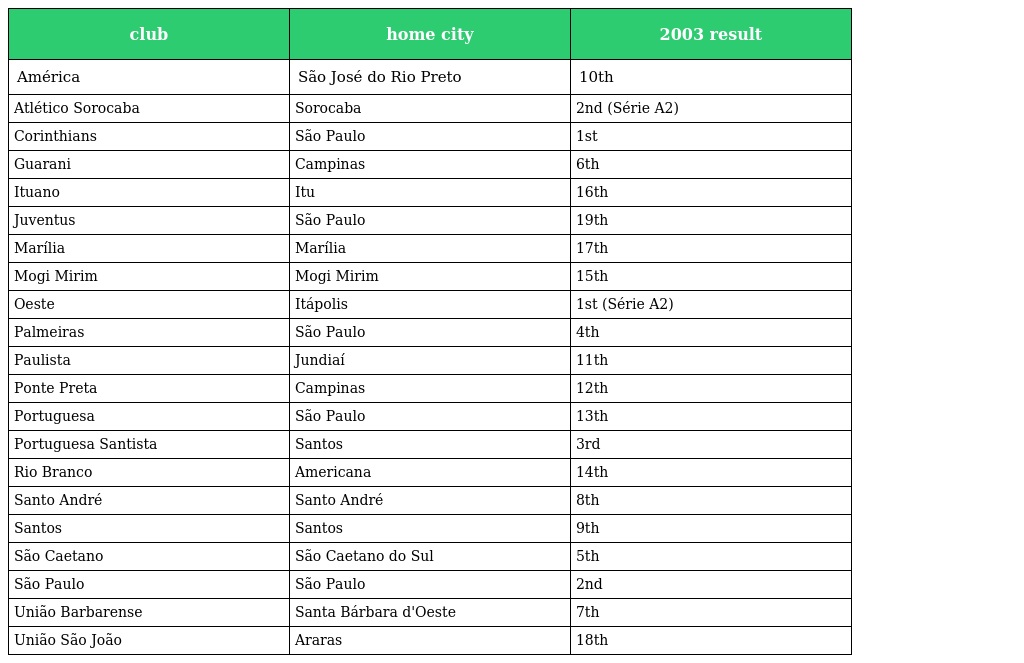
| club | home city | 2003 result |
 | --- | --- | --- |
 | América | São José do Rio Preto | 10th |
 | Atlético Sorocaba | Sorocaba | 2nd (Série A2) |
 | Corinthians | São Paulo | 1st |
 | Guarani | Campinas | 6th |
 | Ituano | Itu | 16th |
 | Juventus | São Paulo | 19th |
 | Marília | Marília | 17th |
 | Mogi Mirim | Mogi Mirim | 15th |
 | Oeste | Itápolis | 1st (Série A2) |
 | Palmeiras | São Paulo | 4th |
 | Paulista | Jundiaí | 11th |
 | Ponte Preta | Campinas | 12th |
 | Portuguesa | São Paulo | 13th |
 | Portuguesa Santista | Santos | 3rd |
 | Rio Branco | Americana | 14th |
 | Santo André | Santo André | 8th |
 | Santos | Santos | 9th |
 | São Caetano | São Caetano do Sul | 5th |
 | São Paulo | São Paulo | 2nd |
 | União Barbarense | Santa Bárbara d'Oeste | 7th |
 | União São João | Araras | 18th |